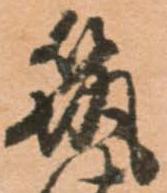
筑